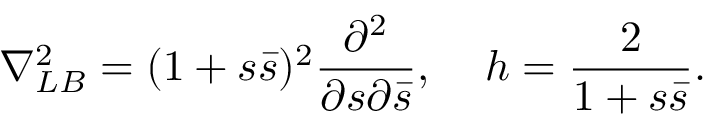
\nabla _ { L B } ^ { 2 } = ( 1 + s \bar { s } ) ^ { 2 } \frac { \partial ^ { 2 } } { \partial s \partial \bar { s } } , \; \; \; \; h = \frac { 2 } { 1 + s \bar { s } } .